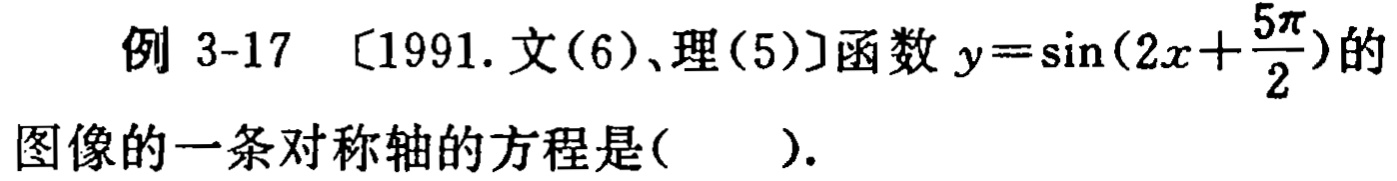
例 3-17 [1991.文(6)、理(5)]函数 \(y = \sin(2x+\frac{5\pi}{2})\)的图像的一条对称轴的方程是( ).